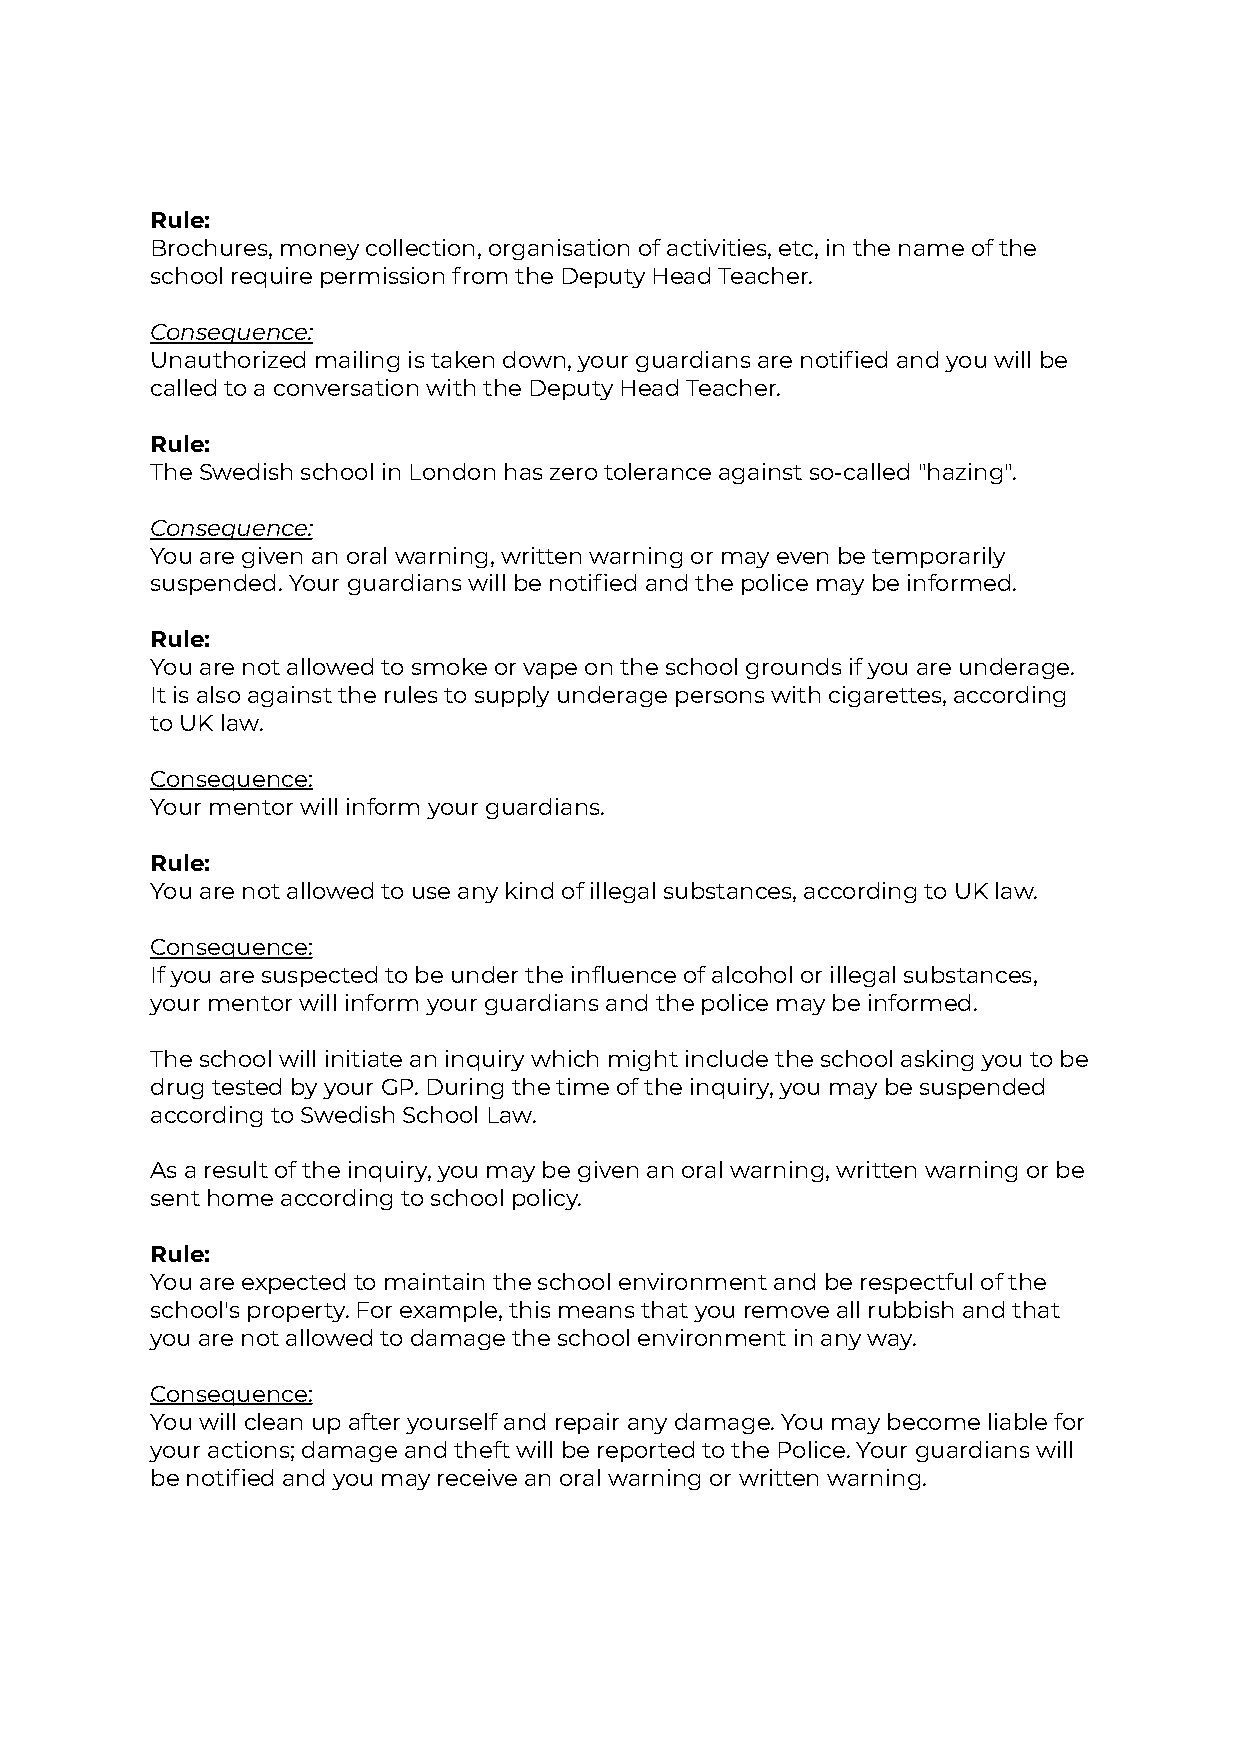
Rule:
 Brochures, money collection, organisation of activities, etc, in the name of the
 school require permission from the Deputy Head Teacher.
 Consequence:
 Unauthorized mailing is taken down, your guardians are notified and you will be
 called to a conversation with the Deputy Head Teacher.
 Rule:
 The Swedish school in London has zero tolerance against so-called "hazing".
 Consequence:
 You are given an oral warning, written warning or may even be temporarily
 suspended. Your guardians will be notified and the police may be informed.
 Rule:
 You are not allowed to smoke or vape on the school grounds if you are underage.
 It is also against the rules to supply underage persons with cigarettes, according
 to UK law.
 Consequence:
 Your mentor will inform your guardians.
 Rule:
 You are not allowed to use any kind of illegal substances, according to UK law.
 Consequence:
 If you are suspected to be under the influence of alcohol or illegal substances,
 your mentor will inform your guardians and the police may be informed.
 The school will initiate an inquiry which might include the school asking you to be
 drug tested by your GP. During the time of the inquiry, you may be suspended
 according to Swedish School Law.
 As a result of the inquiry, you may be given an oral warning, written warning or be
 sent home according to school policy.
 Rule:
 You are expected to maintain the school environment and be respectful of the
 school's property. For example, this means that you remove all rubbish and that
 you are not allowed to damage the school environment in any way.
 Consequence:
 You will clean up after yourself and repair any damage. You may become liable for
 your actions; damage and theft will be reported to the Police. Your guardians will
 be notified and you may receive an oral warning or written warning.